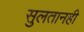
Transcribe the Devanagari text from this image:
सुलतानही